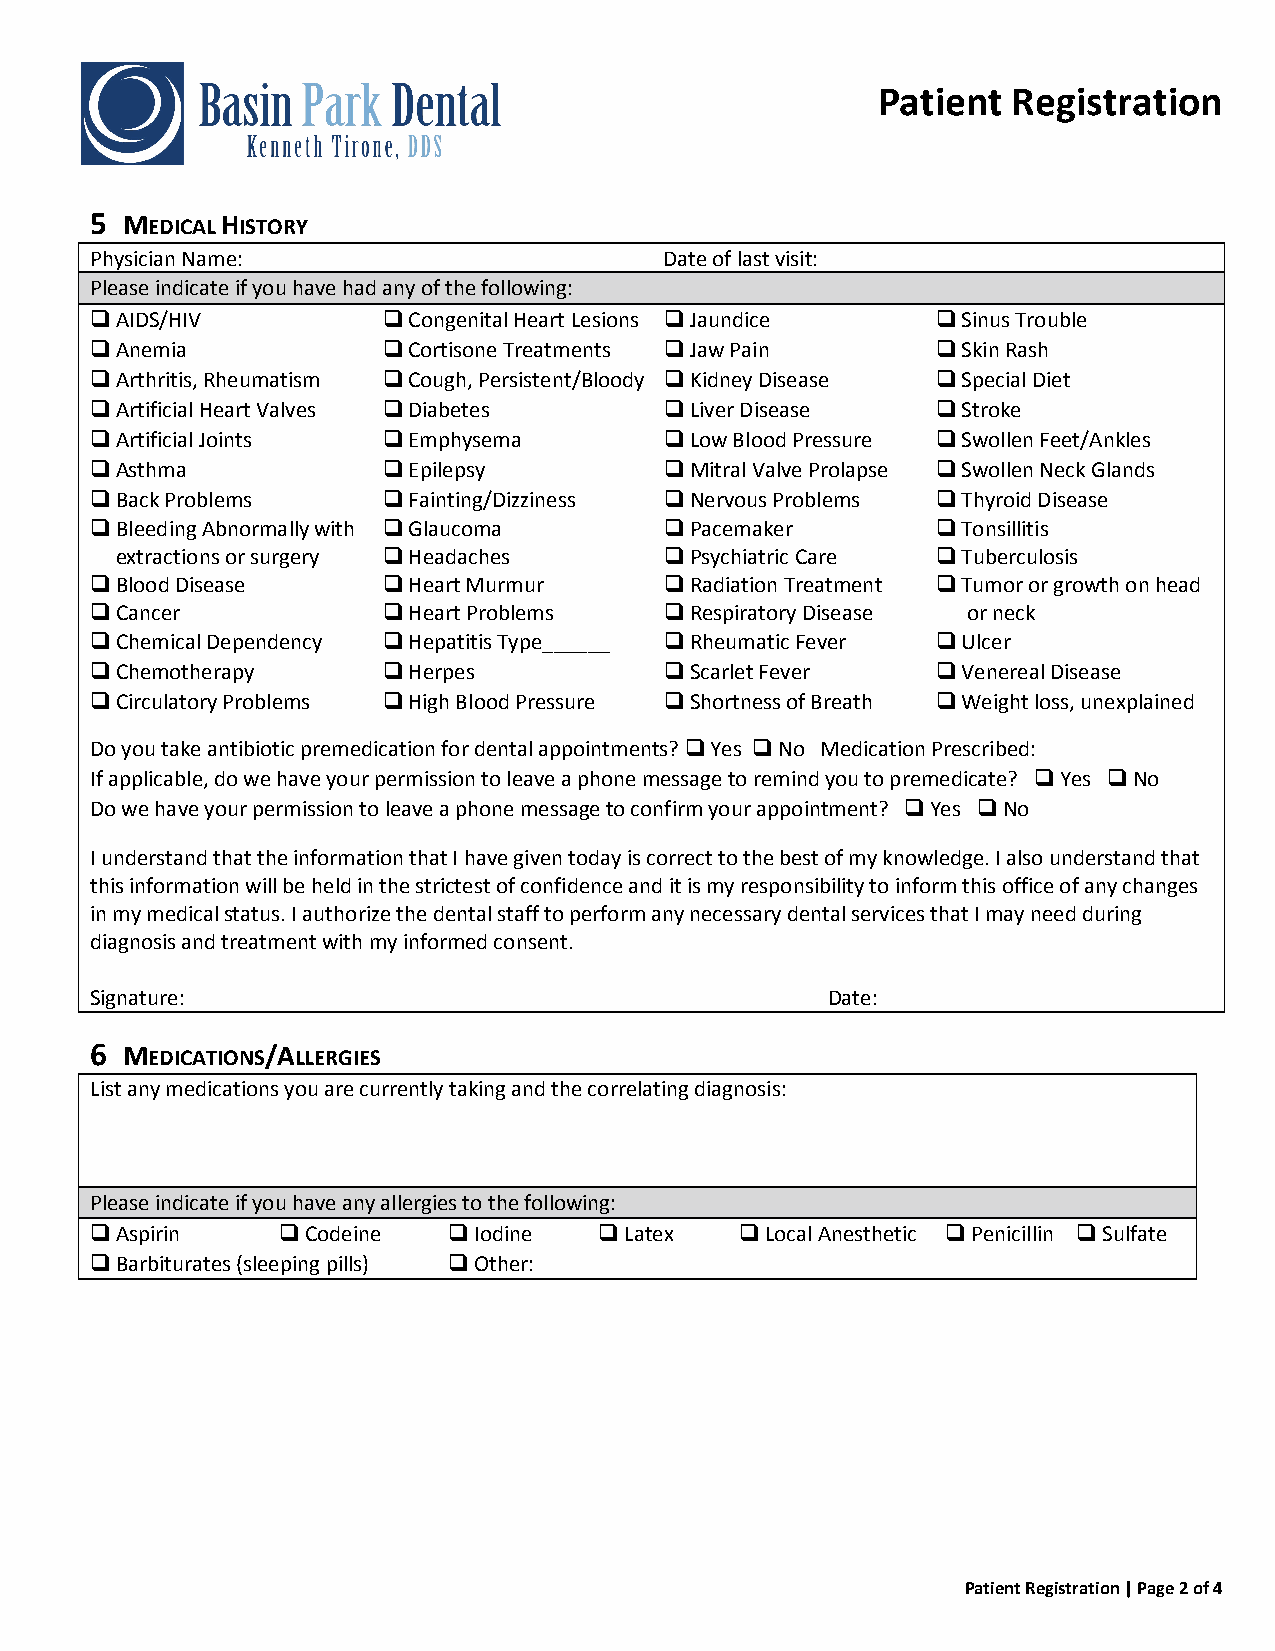
Patient  Registration
 5 MEDICAL HISTORY
 Physician Name:                       Date of last visit:
 Please indicate if you have had any of the following:
 AIDS/HIV          Congenital Heart Lesions Jaundice  Sinus Trouble
 Anemia            Cortisone Treatments Jaw Pain      Skin Rash
 Arthritis, Rheumatism Cough, Persistent/Bloody Kidney Disease Special Diet
 Artificial Heart Valves Diabetes    Liver Disease    Stroke
 Artificial Joints Emphysema         Low Blood Pressure Swollen Feet/Ankles
 Asthma            Epilepsy          Mitral Valve Prolapse Swollen Neck Glands
 Back Problems     Fainting/Dizziness Nervous Problems Thyroid Disease
 Bleeding Abnormally with Glaucoma   Pacemaker        Tonsillitis
 extractions or surgery Headaches   Psychiatric Care Tuberculosis
 Blood Disease     Heart Murmur      Radiation Treatment Tumor or growth on head
 Cancer            Heart Problems    Respiratory Disease or neck
 Chemical Dependency Hepatitis Type______ Rheumatic Fever Ulcer
 Chemotherapy      Herpes            Scarlet Fever    Venereal Disease
 Circulatory Problems High Blood Pressure Shortness of Breath Weight loss, unexplained
 Do you take antibiotic premedication for dental appointments?  Yes  No Medication Prescribed:
 If applicable, do we have your permission to leave a phone message to remind you to premedicate?  Yes  No
 Do we have your permission to leave a phone message to confirm your appointment?  Yes  No
 I understand that the information that I have given today is correct to the best of my knowledge. I also understand that
 this information will be held in the strictest of confidence and it is my responsibility to inform this office of any changes
 in my medical status. I authorize the dental staff to perform any necessary dental services that I may need during
 diagnosis and treatment with my informed consent.
 Signature:                                       Date:
 6 MEDICATIONS/ALLERGIES
 List any medications you are currently taking and the correlating diagnosis:
 Please indicate if you have any allergies to the following:
 Aspirin    Codeine    Iodine   Latex   Local Anesthetic Penicillin  Sulfate
 Barbiturates (sleeping pills) Other:
 Patient Registration | Page 2 of 4